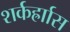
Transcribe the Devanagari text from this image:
शर्कर्ह्राास